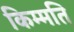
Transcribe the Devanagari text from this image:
किम्मति